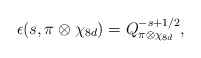
\begin{align*} \epsilon(s, \pi \otimes \chi_{8d})=Q^{-s+1/2}_{\pi \otimes \chi_{8d}},\end{align*}